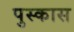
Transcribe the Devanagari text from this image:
पुस्कास